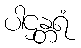
ပါဌန္တရံ